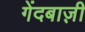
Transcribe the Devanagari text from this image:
गेंदबाज़़ी